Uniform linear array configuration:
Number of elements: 32
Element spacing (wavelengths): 0.5
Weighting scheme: cosine
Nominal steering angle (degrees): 0
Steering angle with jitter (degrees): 1.351
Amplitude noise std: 0.05
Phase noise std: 0.05

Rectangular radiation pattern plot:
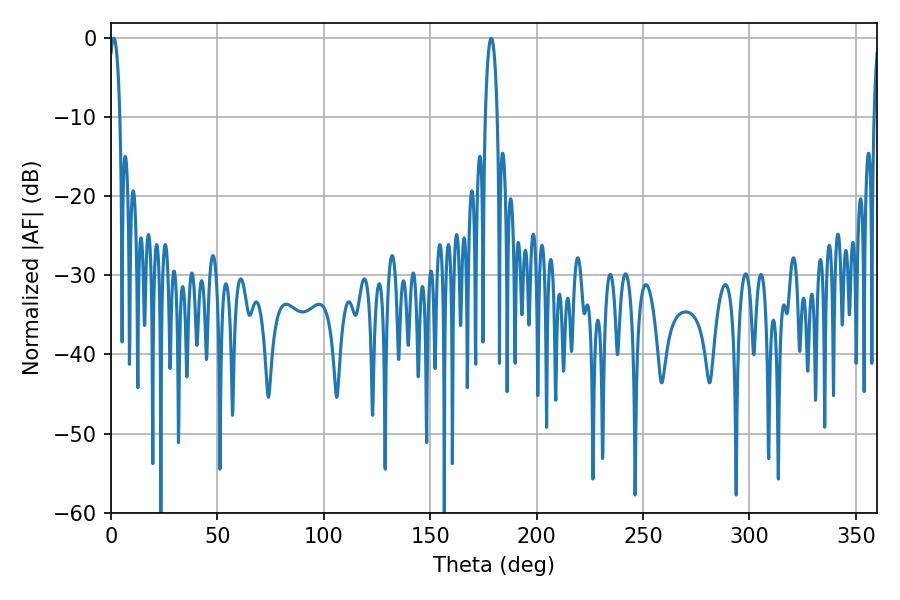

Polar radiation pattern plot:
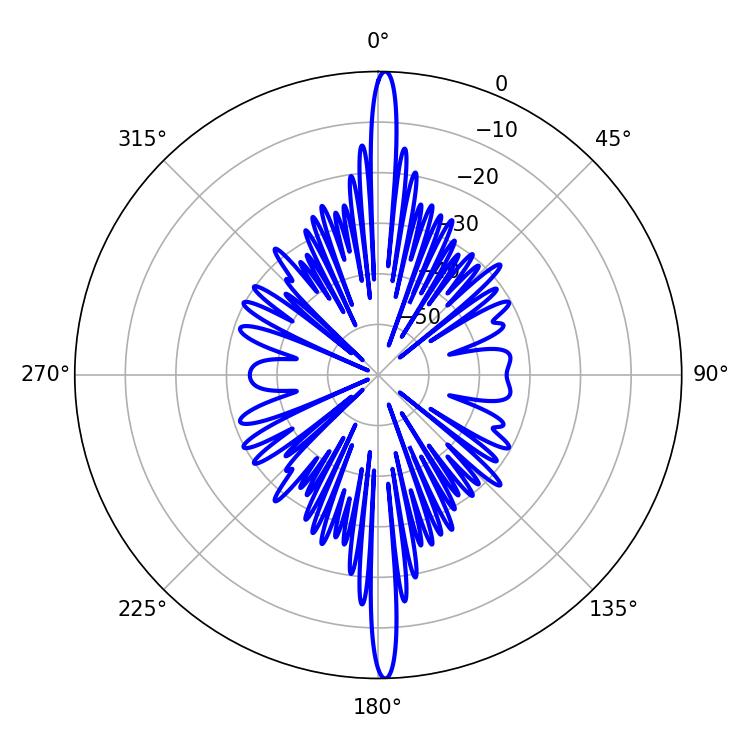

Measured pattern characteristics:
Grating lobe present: FALSE
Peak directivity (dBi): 28.265
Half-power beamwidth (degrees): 3.06
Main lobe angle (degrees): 178.74